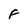
Character: F